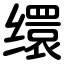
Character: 缳